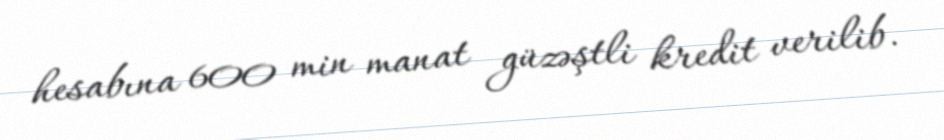
hesabına 600 min manat güzəştli kredit verilib.